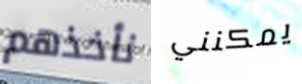
نأخذهم يمكنني